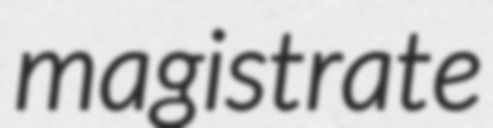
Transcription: magistrate